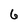
Character: 6